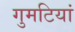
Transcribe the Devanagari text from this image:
गुमटियां